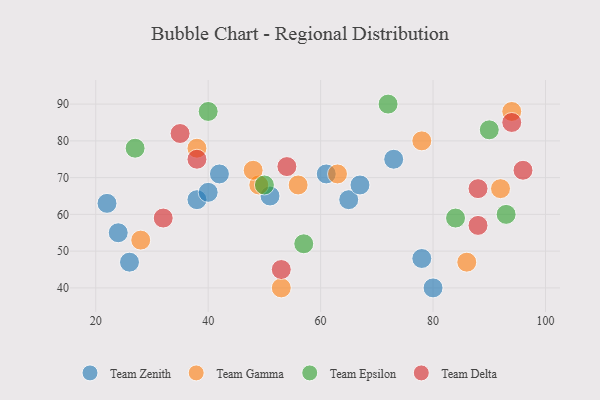
{"axis": {"x": "GDP", "y": "Life Expectancy"}, "legend": ["Team Delta", "Team Epsilon", "Team Gamma", "Team Zenith"], "data": [{"x": "42", "y": 71, "type": "Team Zenith"}, {"x": "61", "y": 71, "type": "Team Zenith"}, {"x": "65", "y": 64, "type": "Team Zenith"}, {"x": "22", "y": 63, "type": "Team Zenith"}, {"x": "78", "y": 48, "type": "Team Zenith"}, {"x": "38", "y": 64, "type": "Team Zenith"}, {"x": "51", "y": 65, "type": "Team Zenith"}, {"x": "80", "y": 40, "type": "Team Zenith"}, {"x": "24", "y": 55, "type": "Team Zenith"}, {"x": "40", "y": 66, "type": "Team Zenith"}, {"x": "67", "y": 68, "type": "Team Zenith"}, {"x": "73", "y": 75, "type": "Team Zenith"}, {"x": "26", "y": 47, "type": "Team Zenith"}, {"x": "56", "y": 68, "type": "Team Gamma"}, {"x": "28", "y": 53, "type": "Team Gamma"}, {"x": "49", "y": 68, "type": "Team Gamma"}, {"x": "48", "y": 72, "type": "Team Gamma"}, {"x": "38", "y": 78, "type": "Team Gamma"}, {"x": "63", "y": 71, "type": "Team Gamma"}, {"x": "53", "y": 40, "type": "Team Gamma"}, {"x": "78", "y": 80, "type": "Team Gamma"}, {"x": "92", "y": 67, "type": "Team Gamma"}, {"x": "94", "y": 88, "type": "Team Gamma"}, {"x": "86", "y": 47, "type": "Team Gamma"}, {"x": "50", "y": 68, "type": "Team Epsilon"}, {"x": "90", "y": 83, "type": "Team Epsilon"}, {"x": "27", "y": 78, "type": "Team Epsilon"}, {"x": "57", "y": 52, "type": "Team Epsilon"}, {"x": "40", "y": 88, "type": "Team Epsilon"}, {"x": "84", "y": 59, "type": "Team Epsilon"}, {"x": "72", "y": 90, "type": "Team Epsilon"}, {"x": "93", "y": 60, "type": "Team Epsilon"}, {"x": "88", "y": 57, "type": "Team Delta"}, {"x": "88", "y": 67, "type": "Team Delta"}, {"x": "35", "y": 82, "type": "Team Delta"}, {"x": "32", "y": 59, "type": "Team Delta"}, {"x": "38", "y": 75, "type": "Team Delta"}, {"x": "53", "y": 45, "type": "Team Delta"}, {"x": "54", "y": 73, "type": "Team Delta"}, {"x": "96", "y": 72, "type": "Team Delta"}, {"x": "94", "y": 85, "type": "Team Delta"}]}